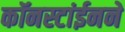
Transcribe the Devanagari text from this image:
कॉनस्टांईनने